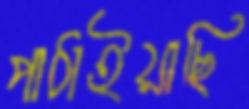
পাঠাইয়াছি